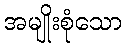
အမျိုးစုံသော